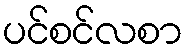
ပင်စင်လစာ